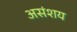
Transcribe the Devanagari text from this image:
असंशय